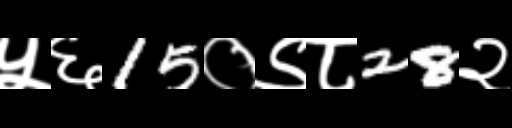
Text: ५६15०९८28२